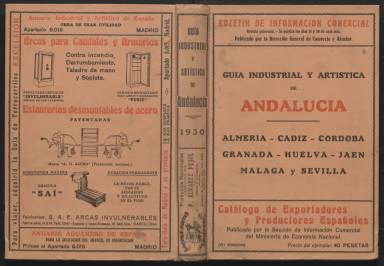
Título: Guía industrial y artística de Andalucía
Colección: Guías y directorios
Ámbito geográfico: Madrid
Lugar de publicación: Madrid
Fechas: 01/01/1930-31/12/1934